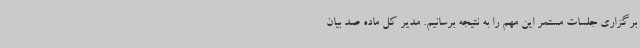
برگزاری جلسات مستمر این مهم را به نتیجه برسانیم. مدیر کل ماده صد بیان